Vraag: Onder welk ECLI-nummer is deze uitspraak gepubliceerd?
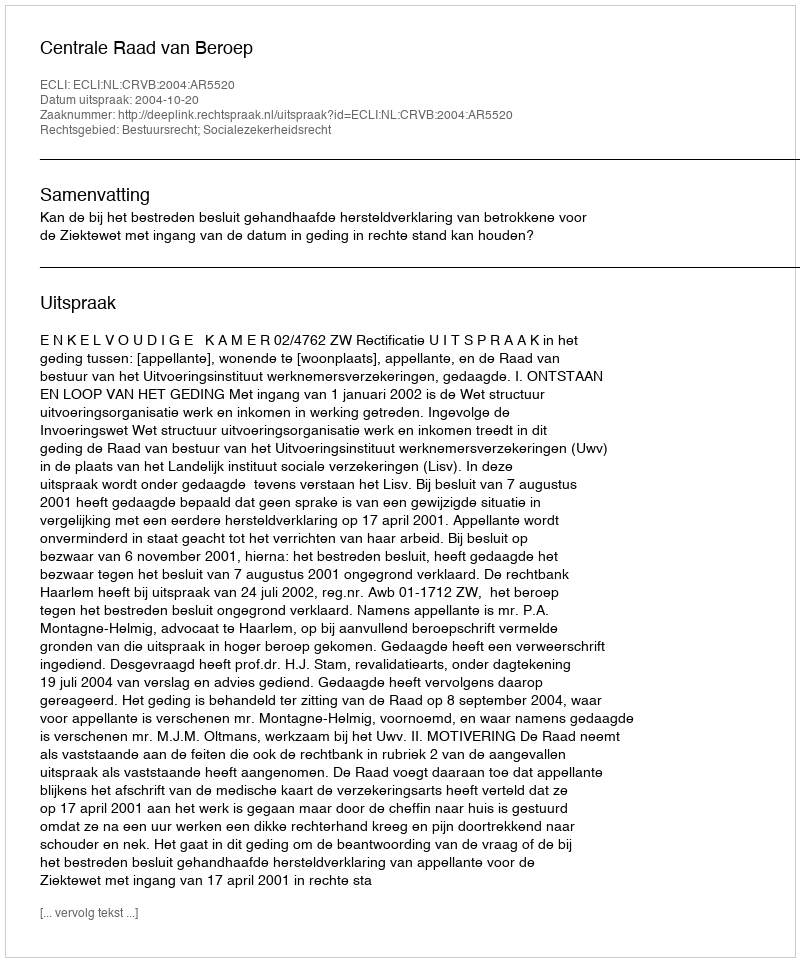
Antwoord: ECLI:NL:CRVB:2004:AR5520